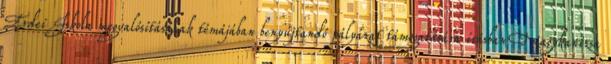
Erdei Iskola megvalósításának témájában benyújtandó pályázat támogatására írásban Nagykanizsa